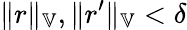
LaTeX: \| r\| _{\mathbb{V}},\| r^{\prime}\| _{\mathbb{V}}<\delta